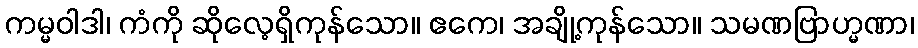
ကမ္မဝါဒါ၊ ကံကို ဆိုလေ့ရှိကုန်သော။ ဧကေ၊ အချို့ကုန်သော။ သမဏဗြာဟ္မဏာ၊